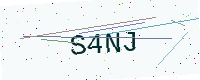
Text: S4NJ